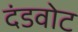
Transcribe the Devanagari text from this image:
दंडवोट